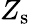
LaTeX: Z_{\mathrm{s}}